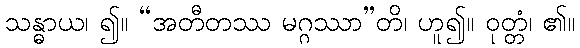
သန္ဓာယ၊ ၍။ “အတီတဿ မဂ္ဂဿာ”တိ၊ ဟူ၍။ ဝုတ္တံ၊ ၏။